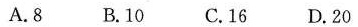
A.8 B.10 C.16 D.20